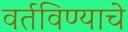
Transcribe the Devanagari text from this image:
वर्तविण्याचे